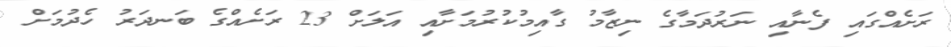
ރަށެއްގައި ފެނާއި ނަރުދަމާގެ ނިޒާމު ގާއިމުކުރުމަށާއި އަލަށް 23 ރަށެއްގެ ބަނދަރު ހެދުމަށް